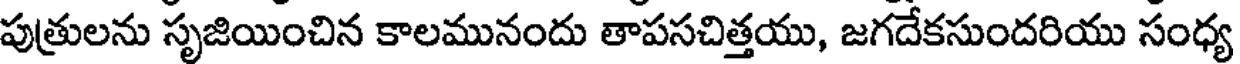
పుత్రులను సృజియించిన కాలమునందు తాపసచిత్తయు, జగదేకసుందరియు సంధ్య